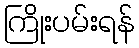
ကြိုးပမ်းရန်